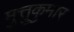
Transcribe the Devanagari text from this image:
मुत्तुकुमार